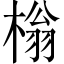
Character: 㮬